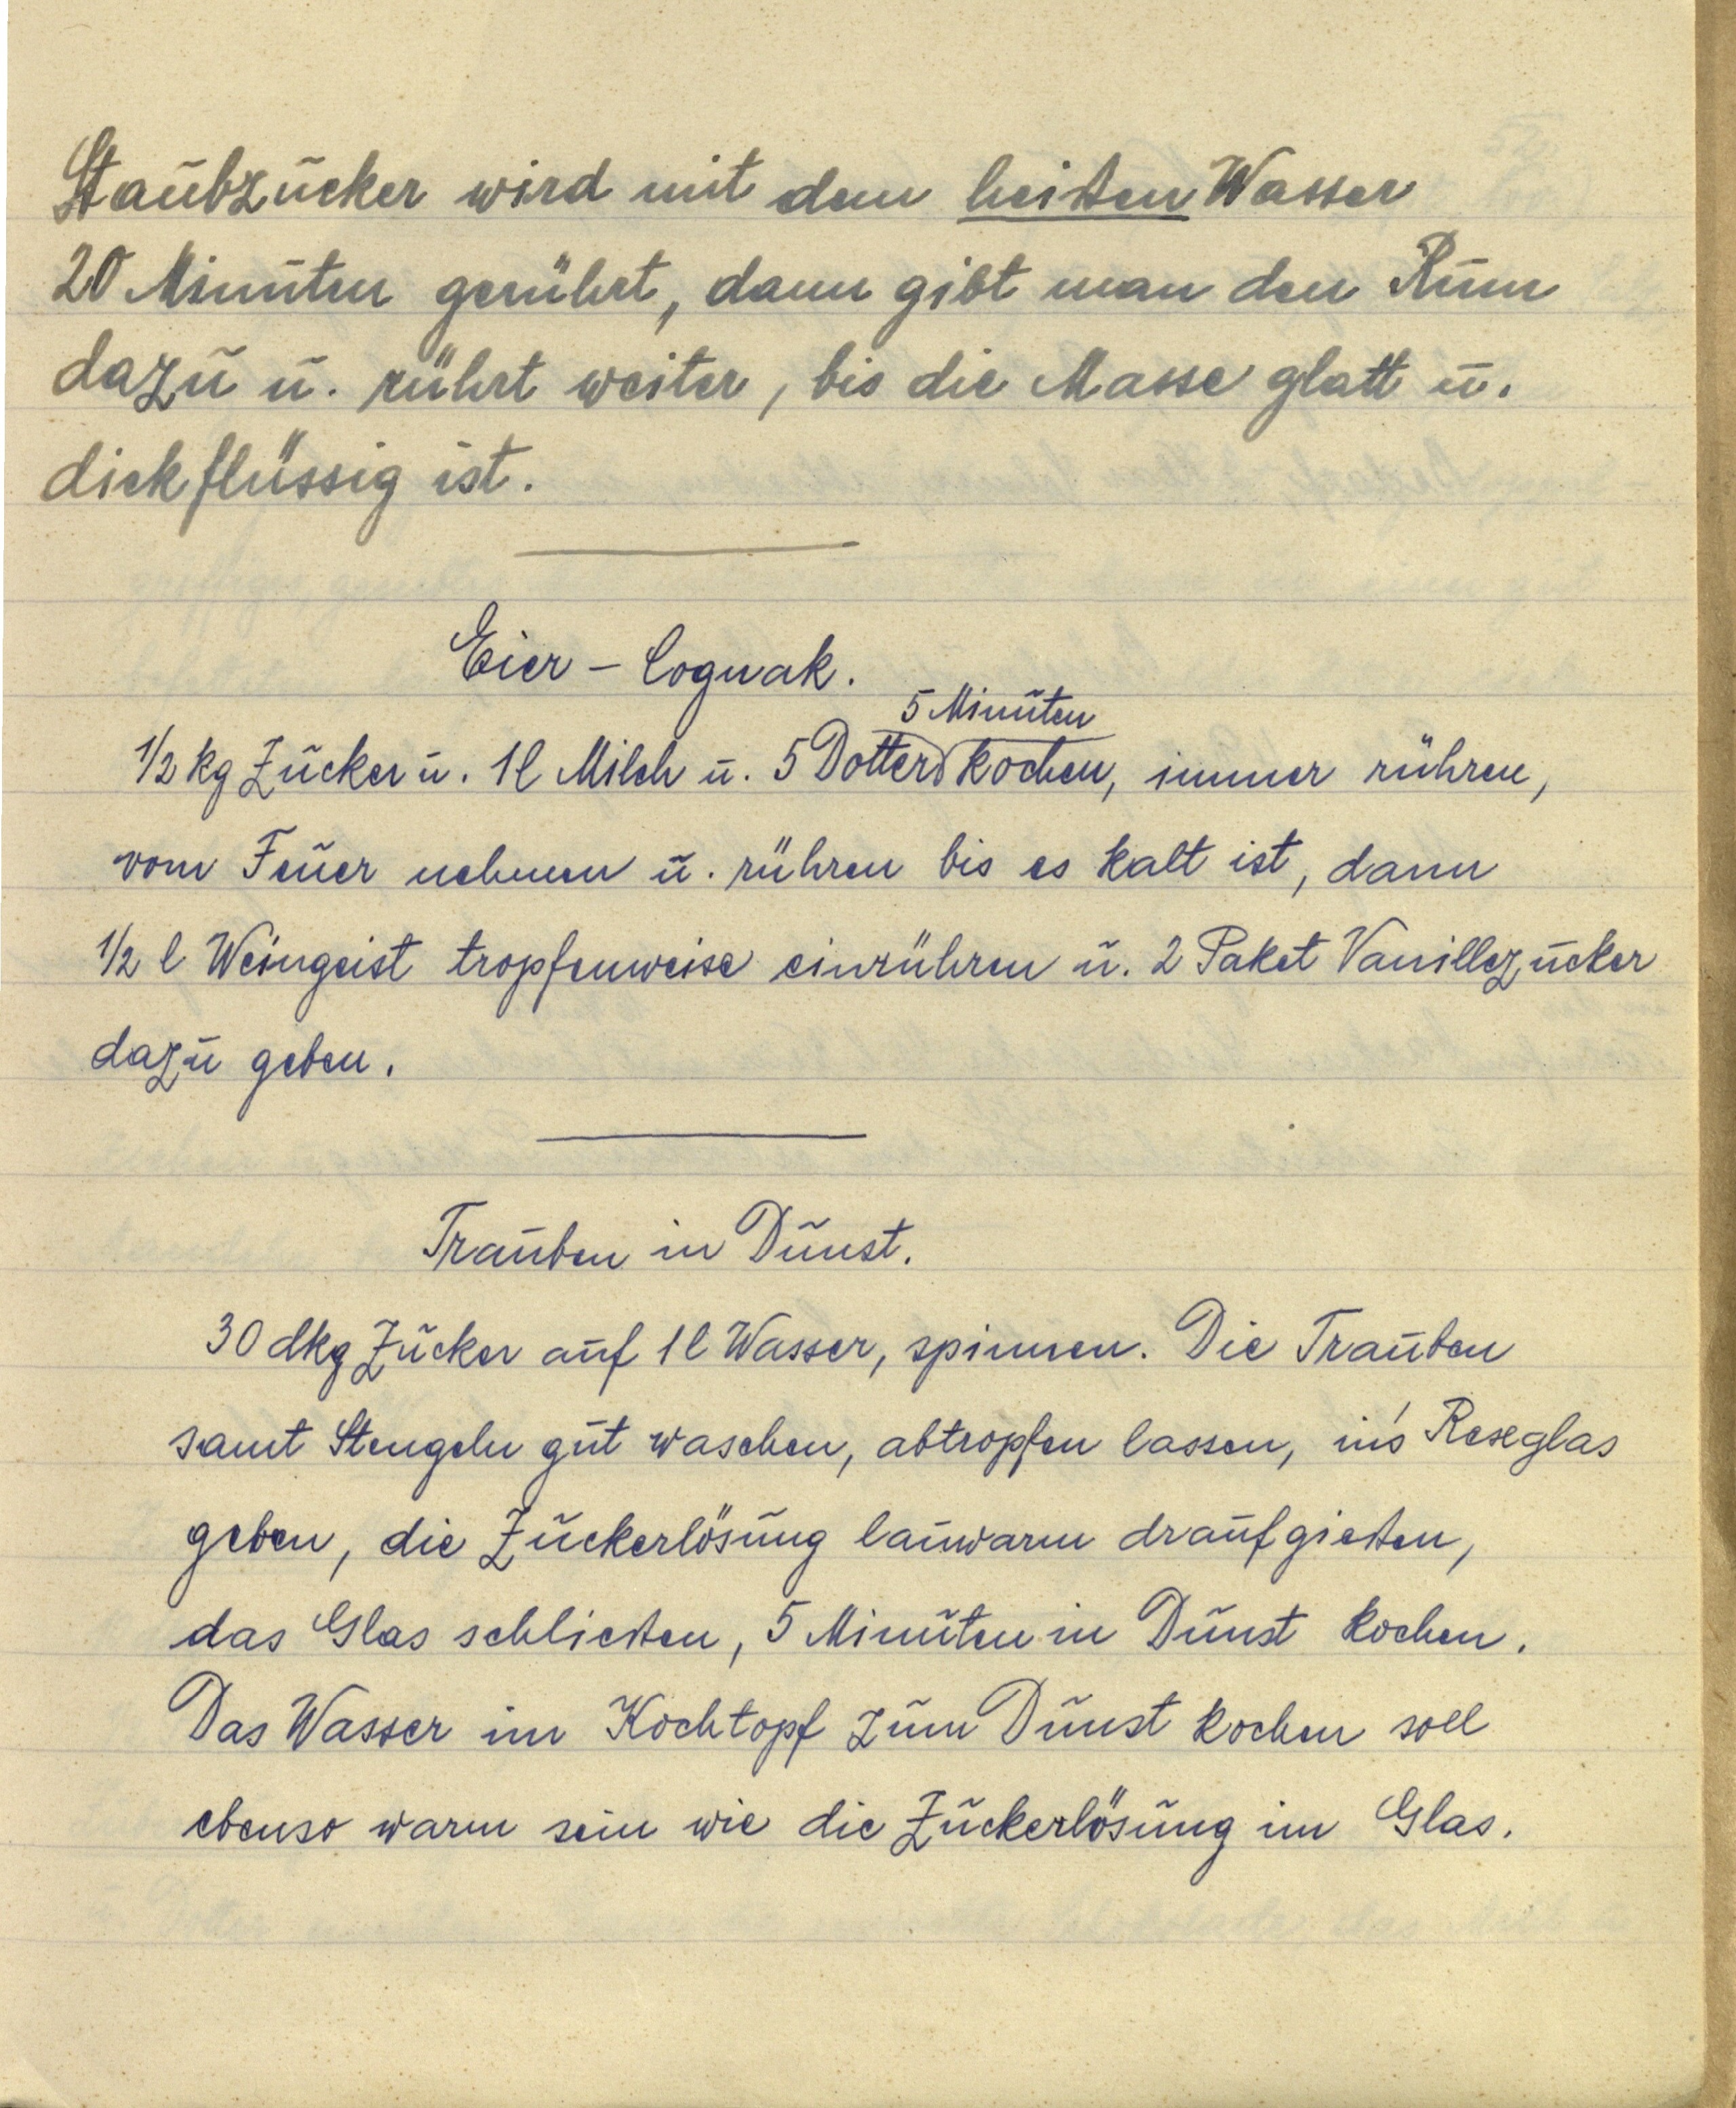
Staubzucker wird mit dem heißen Wasser
20 Minuten gerührt, dann gibt man den Rum
dazu u. rührt weiter, bis die Masse glatt u.
dickflüssig ist.

Eier — Cognak.
½ kg Zucker u. 1 l Milch u. 5 Dotter 5 Minuten kochen, immer rühren,
vom Feuer nehmen u. rühren bis es kalt ist, dann
½ l Weingeist tropfenweise einrühren u. 2 Paket Vanillezucker
dazu geben.

Trauben in Dunst.
30 dkg Zucker auf 1 l Wasser, spinnen. Die Trauben
samt Stengeln gut waschen, abtropfen lassen, in's Rexglas
geben, die Zuckerlösung lauwarm draufgießen,
das Glas schließen, 5 Minuten in Dunst kochen.
Das Wasser im Kochtopf zum Dunst kochen soll
ebenso warm sein wie die Zuckerlösung im Glas.